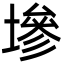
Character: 墋